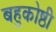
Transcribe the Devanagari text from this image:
बहुकोष्ठी